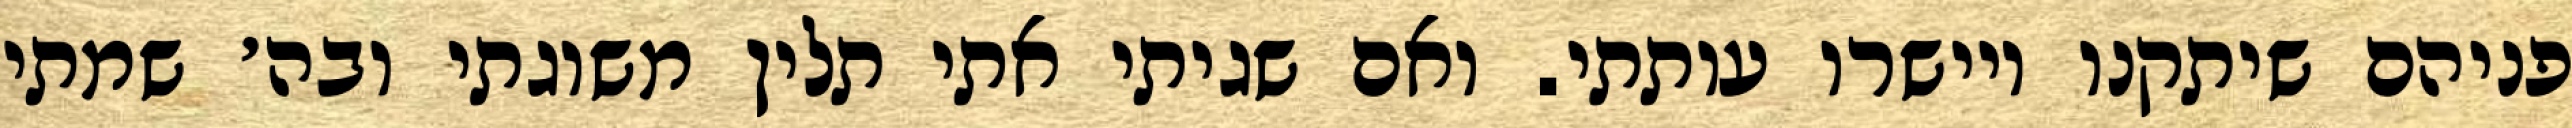
פניהם שיתקנו ויישרו עותתי. ואם שגיתי אתי תלין משוגתי ובה׳ שמתי